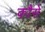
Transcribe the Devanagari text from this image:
कौसे